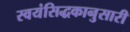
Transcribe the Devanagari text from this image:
स्वयंसिद्धकानुसारी